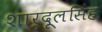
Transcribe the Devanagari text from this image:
शार्दूलसिंह